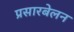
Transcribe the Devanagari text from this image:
प्रसारबेलन